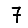
Digit: 7